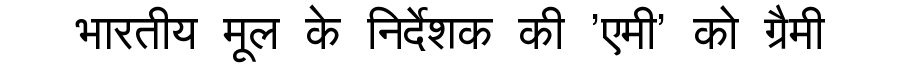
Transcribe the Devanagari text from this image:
भारतीय मूल के निर्देशक की 'एमी' को ग्रैमी